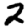
Digit: 2